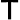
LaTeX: \sf{T}